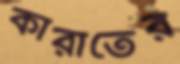
কারাতের